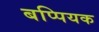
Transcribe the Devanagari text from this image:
बप्पियक